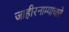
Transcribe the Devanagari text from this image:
जाहीरनाम्याचाते